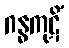
ဂန္ဓကုဋိံ